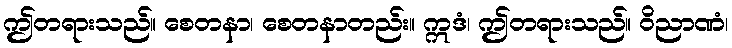
ဤတရားသည်။ စေတနာ၊ စေတနာတည်း။ ဣဒံ၊ ဤတရားသည်။ ဝိညာဏံ၊